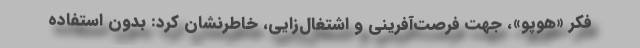
فکر «هوپو»، جهت فرصت‌آفرینی و اشتغال‌زایی، خاطرنشان کرد: بدون استفاده